Medical and sanitary report of the native army of Madras for the year
Year: 1878
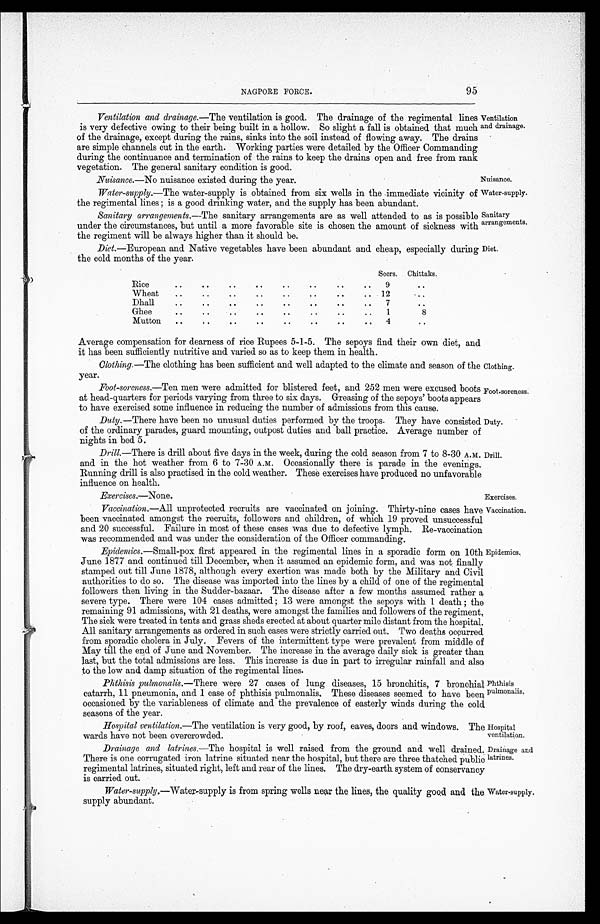
NAGPORE FORCE.
95
Ventilation and drainage.—The ventilation is good. The drainage of the regimental lines
is very defective owing to their being built in a hollow. So slight a fall is obtained that much
of the drainage, except during the rains, sinks into the soil instead of flowing away. The drains
are simple channels cut in the earth. Working parties were detailed by the Officer Commanding
during the continuance and termination of the rains to keep the drains open and free from rank
vegetation. The general sanitary condition is good.
Nuisance.—No nuisance existed during the year.
Water-supply.—The water-supply is obtained from six wells in the immediate vicinity of
the regimental lines ; is a good drinking water, and the supply has been abundant.
Sanitary arrangements.—The sanitary arrangements are as well attended to as is possible
under the circumstances, but until a more favorable site is chosen the amount of sickness with
the regiment will be always higher than it should be.
Diet.—European and Native vegetables have been abundant and cheap, especially during
the cold months of the year.
Ventilation
and drainage.
Nuisance.
Water-supply.
Sanitary
arrangements.
Diet.
Seers. Chittaks.
Rice
..
. .
. .
..
. .
. .
. .
. . 9
. .
Wheat
..
..
. .
. .
. .
. .
. .
. .
12
. .
Dhall
..
..
. .
..
..
..
. .
. .
7
..
Ghee
. .
..
. .
. .
. .
..
. .
.. 1
8
Mutton
. .
. .
..
. .
..
. .
. .
. .
4
..
Average compensation for dearness of rice Rupees 5-1-5. The sepoys find their own diet, and
it has been sufficiently nutritive and varied so as to keep them in health.
Cothing.—The clothing has been sufficient and well adapted to the climate and season of the
year.
Foot-soreness .—Ten men were admitted for blistered feet, and 252 men were excused boots
at head-quarters for periods varying from three to six days. Greasing of the sepoys' boots appears
to have exercised some influence in reducing the number of admissions from this cause.
Duty.—There have been no unusual duties performed by the troops. They have consisted
of the ordinary parades, guard mounting, outpost duties and ball practice. Average number of
nights in bed 5.
Drill.—There is drill about five days in the week, during the cold season from 7 to 8-30 A.M.
and in the hot weather from 6 to 7-30 A.M. Occasionally there is parade in the evenings.
Running drill is also practised in the cold weather. These exercises have produced no unfavorable
influence on health.
Exercises .—None.
Vaccination.—All unprotected recruits are vaccinated on joining. Thirty-nine cases have
been vaccinated amongst the recruits, followers and children, of which 19 proved unsuccessful
and 20 successful. Failure in most of these cases was due to defective lymph. Re-vaccination
was recommended and was under the consideration of the Officer commanding.
Epidemics .—Small-pox first appeared in the regimental lines in a sporadic form on 10th
June 1877 and continued till December, when it assumed an epidemic form, and was not finally
stamped out till June 1878, although every exertion was made both by the Military and Civil
authorities to do so. The disease was imported into the lines by a child of one of the regimental
followers then living in the Sudder-bazaar. The disease after a few months assumed rather a
severe type. There were 104 cases admitted ; 13 were amongst the sepoys with 1 death ; the
remaining 91 admissions, with 21 deaths, were amongst the families and followers of the regiment.
The sick were treated in tents and grass sheds erected at about quarter mile distant from the hospital.
All sanitary arrangements as ordered in such cases were strictly carried out. Two deaths occurred
from sporadic cholera in July. Fevers of the intermittent type were prevalent from middle of
May till the end of June and November. The increase in the average daily sick is greater than
last, but the total admissions are less. This increase is due in part to irregular rainfall and also
to the low and damp situation of the regimental lines.
Phthisis pulmonalis .—There were 27 cases of lung diseases, 15 bronchitis, 7 bronchial
catarrh, 11 pneumonia, and 1 case of phthisis pulmonalis. These diseases seemed to have been
occasioned by the variableness of climate and the prevalence of easterly winds during the cold
seasons of the year.
Hospital ventilation .—The ventilation is very good, by roof, eaves, doors and windows. The
wards have not been overcrowded.
Drainage and latrines .—The hospital is well raised from the ground and well drained.
There is one corrugated iron latrine situated near the hospital, but there are three thatched public
regimental latrines, situated right, left and rear of the lines. The dry-earth system of conservancy
is carried out.
Water-supply. — W a t e r - s u p p l y
i s f r o m s p r i n g w e l l s n e a r t h e , l i n e s , t h e q u a l i t y g o o d a n d t h e
supply abundant.
Clothing.
Foot.soreness.
Duty.
Drill.
Exercises.
Vaccination.
Epidemics.
Phthisis
pulmonalis,
Hospital,
ventilation.
Drainage and
latrines.
Water-supply.